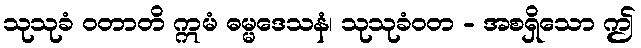
သုသုခံ ဝတာတိ ဣမံ ဓမ္မဒေသနံ၊ သုသုခံဝတ - အစရှိသော ဤ